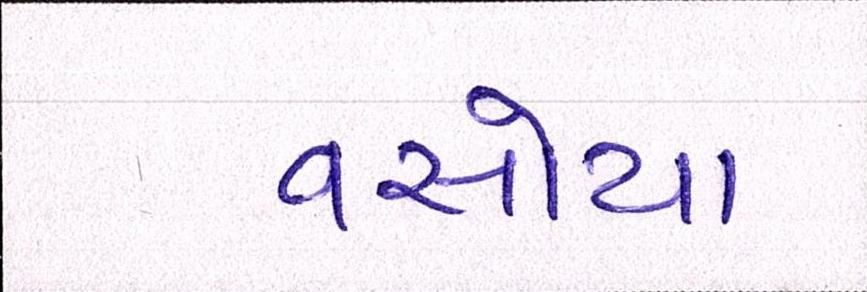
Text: વસોયા